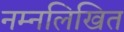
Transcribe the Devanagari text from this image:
नम्नलिखित